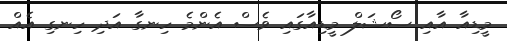
މީޑިއާ އާއި ސޯޝަލް މީޑިއާގައި ވެސް އެންމެ ހިނގާ އަދި ހިނގި އެއް